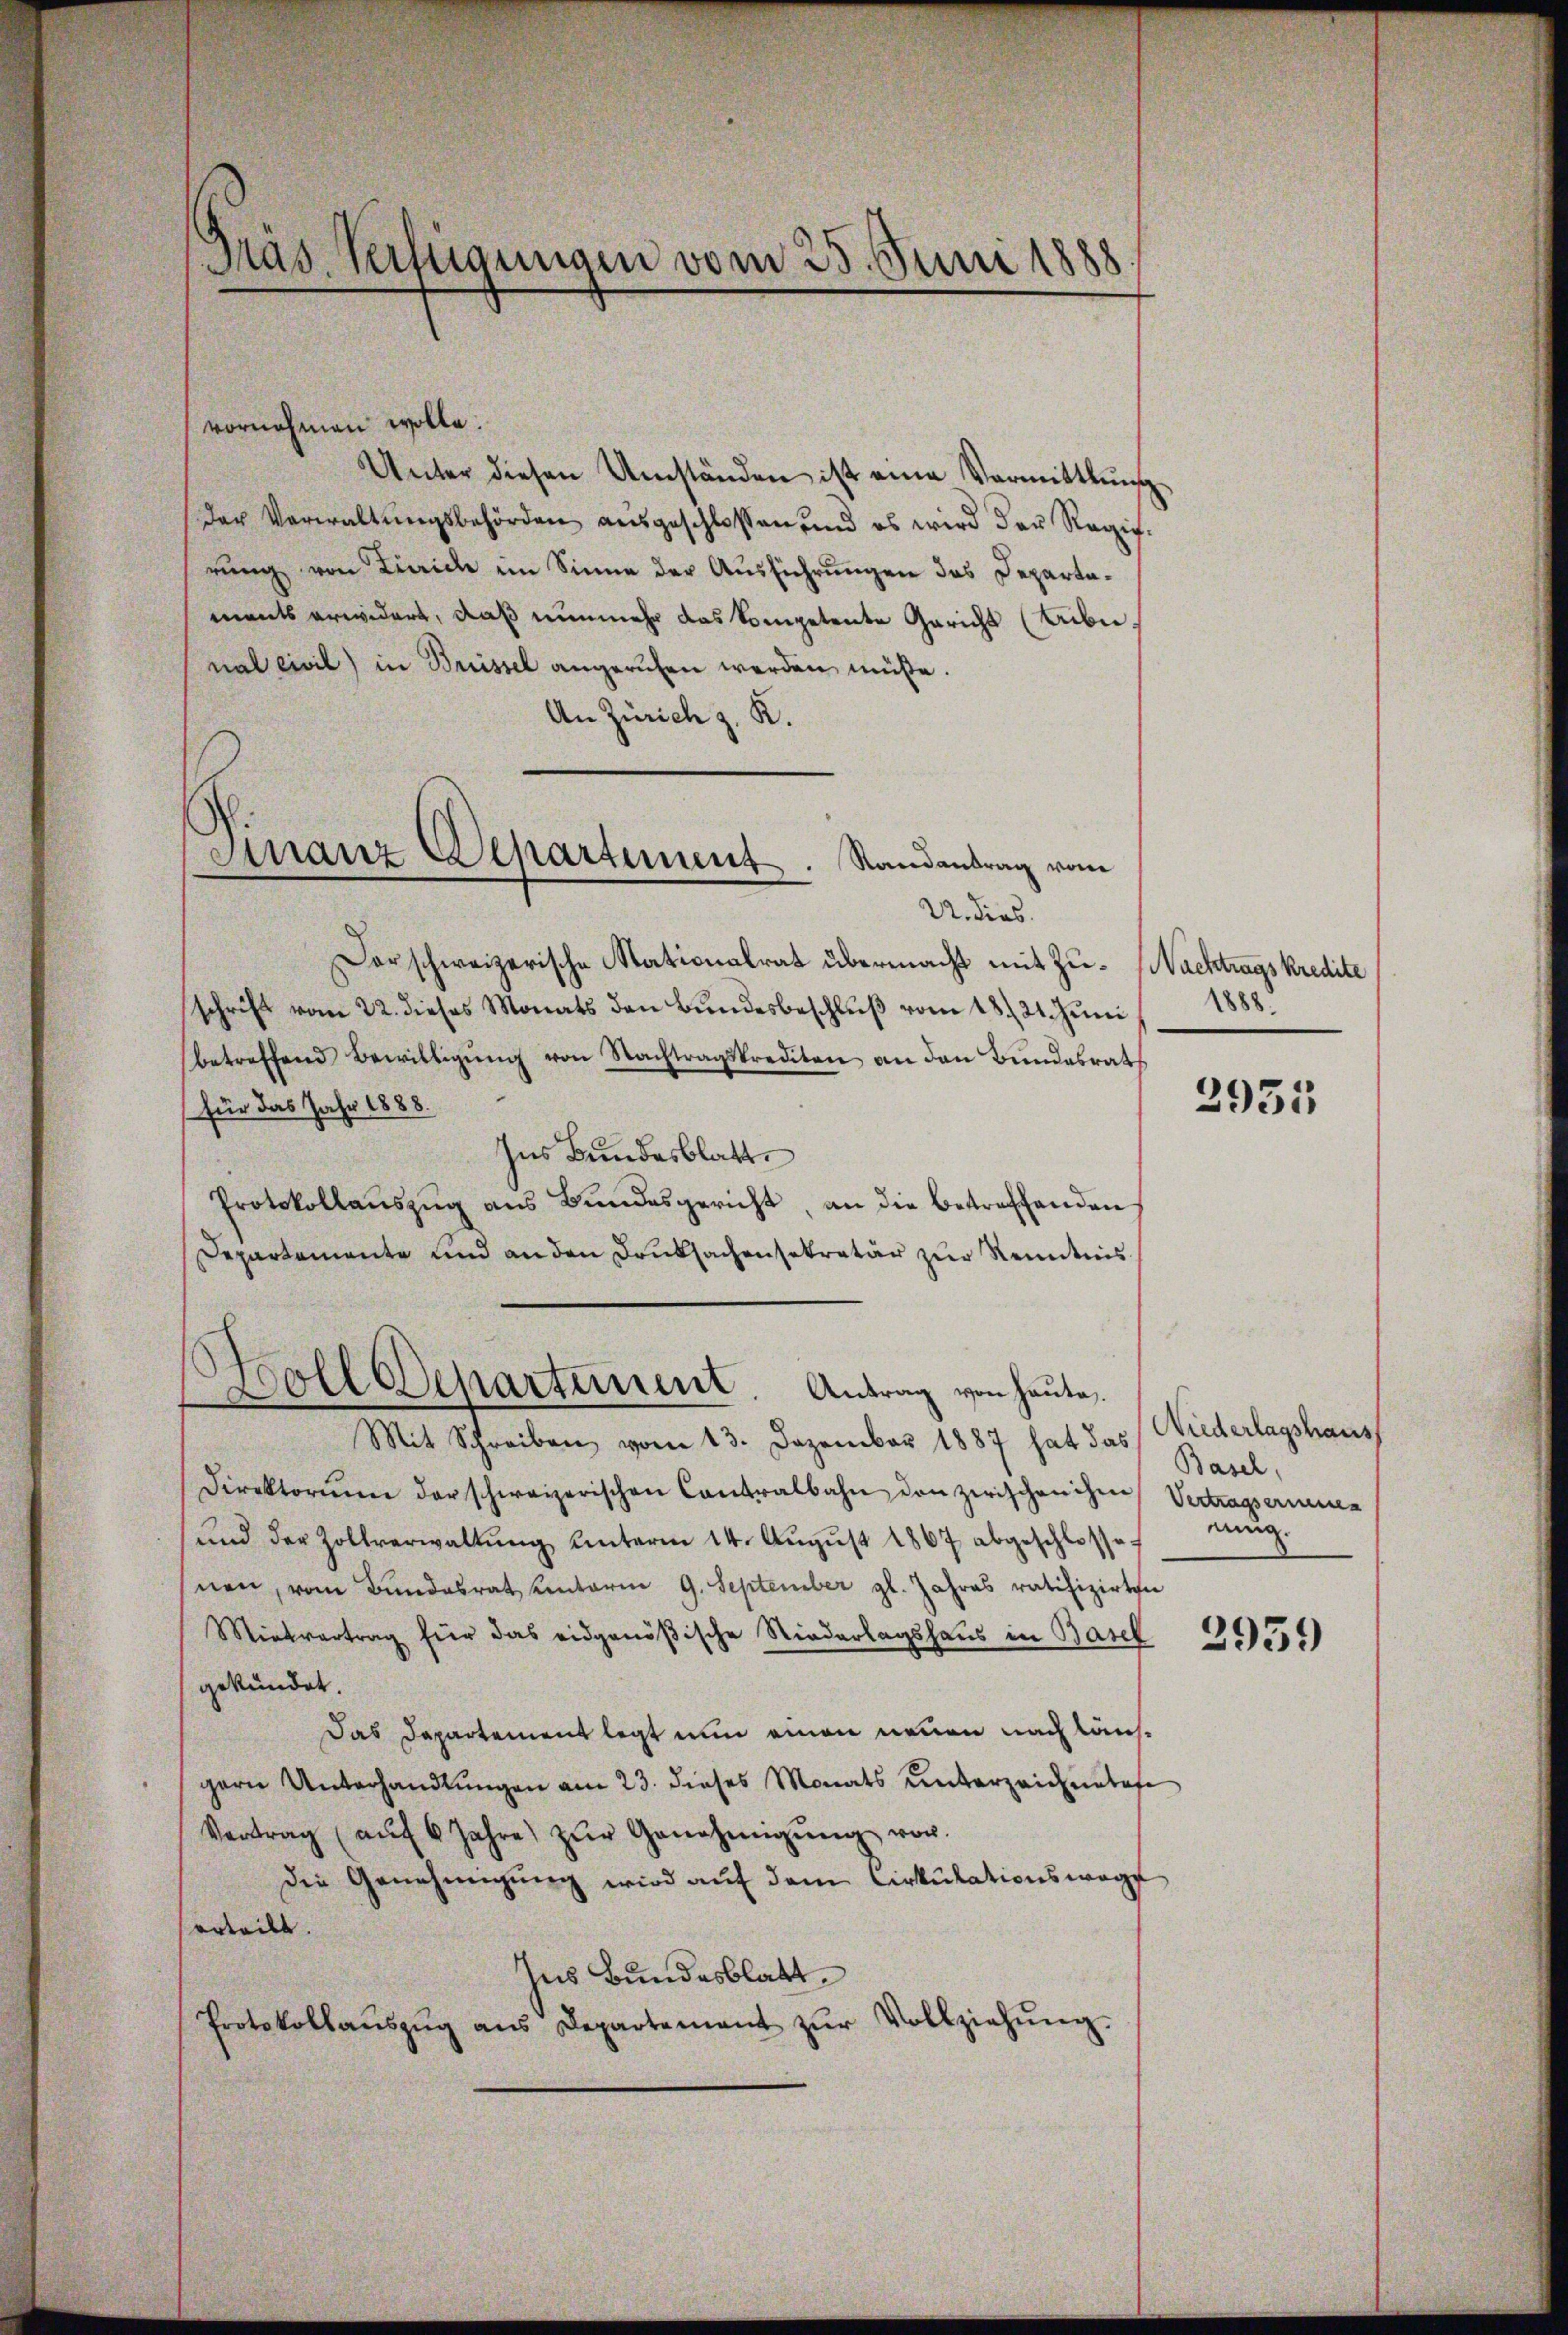
Gras Verfügungen vom 25. Juni 1888

vornehmen wolle.
Unter diesen Umständen ist eine Vormittlung
der Verwaltŭngsbehörden ausgeschlossen und es wird der Regie-
rung von Zürich im Sinne der Ausführungen das Departaments erwidert, daß nunmehr das kompetente Gericht (Abeinal civil) in Brissel angerufen werden müße.
An Zürich z. K.
darschweizerische Stationalrat übermacht mit Zu- Nachtragskredite
schrift vom 22. dieses Monats den Bŭndesbeschlŭβ vom 18./21. Juni
betreffend Bewilligŭng von Nachtragskrediten an den Bundesrath
(für das Jahr 1888.
Ins Bundesblatt
Protokollaŭszŭg aŭs Bŭndesgericht, an die betreffenden
Departemente und an den Druksachensekretär zur Kenntnis
Soll Departement. Antrag von heute.
Mit Schreiben vom 13. Dezember 1887 hat das Wiederlagshaus
Direktorium der schweizerischen Contralbahn den zwischen ihre Vertragserinnen
ŭnd der Zollverwaltŭng ŭnterm 14. Aŭgŭst 1867 abgeschlossen mug.
nen, vom Bundesrat Kenterm 9. September gl. Jahres ratifizirten
Mietvertrag für das eidgenößische Niederlagshaus in Basel
gekündet.
Das Departement legt nun einen neuen nachläufgern Unterhandlungen am 23. dieses Monats unterzeichnetese
Vertrag (aŭf 6 Jahre) zŭr Genehmigŭng vor.
Die Genehmigŭng wird aŭf dem Cirkulationswage
orteilt.
hes Bundesblatt
Protokollaŭszŭg ans Departement zŭr Vollziehŭng.

Stanz Departement. Randantrag vom
—
U. dies

1888.

2935

Basel,

2959